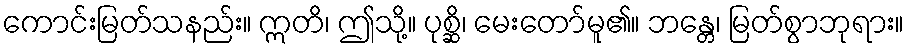
ကောင်းမြတ်သနည်း။ ဣတိ၊ ဤသို့။ ပုစ္ဆိ၊ မေးတော်မူ၏။ ဘန္တေ၊ မြတ်စွာဘုရား။